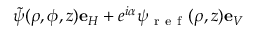
\tilde { \psi } ( \rho , \phi , z ) \mathbf { e } _ { H } + e ^ { i \alpha } \psi _ { \mathrm { ~ r ~ e ~ f ~ } } ( \rho , z ) \mathbf { e } _ { V }